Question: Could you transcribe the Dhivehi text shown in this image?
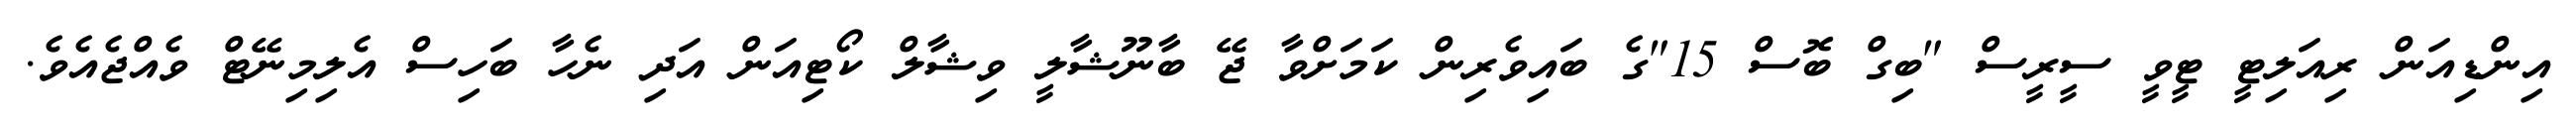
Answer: އިންޑިއަން ރިއަލިޓީ ޓީވީ ސީރީސް "ބިގް ބޮސް 15"ގެ ބައިވެރިން ކަމަށްވާ ޖޭ ބާނޫޝާލީ ވިޝާލް ކޯޓިއަން އަދި ނެހާ ބަހިސް އެލިމިނޭޓް ވެއްޖެއެވެ.